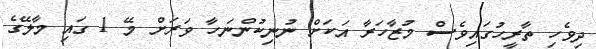
ދިވެހި ތާރީހުގައިވެސް މުޒާހަރާ އަކަށް ނުނިކުންނަހާ ވަރަށް މޭ 1 ގައި މާލޭގެ